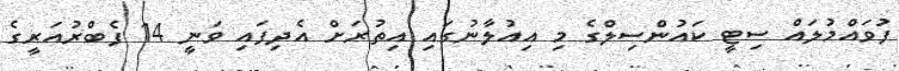
ފުވައްމުލައް ސިޓީ ކައުންސިލްގެ މި އިއުލާނުގައި އިތުރަށް އެދިފައި ވަނީ 14 ފެބްރުއަރީގެ